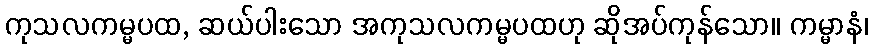
ကုသလကမ္မပထ, ဆယ်ပါးသော အကုသလကမ္မပထဟု ဆိုအပ်ကုန်သော။ ကမ္မာနံ၊